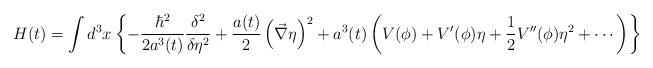
LaTeX: \begin{align*}H(t) = \int d^3x \left\{-\frac{\hbar^2}{2 a^3(t)}\frac{\delta^2}{\delta\eta^2}+\frac{a(t)}{2}\left(\vec{\nabla}\eta\right)^2+a^3(t)\left(V(\phi)+V'(\phi)\eta+\frac{1}{2}V''(\phi)\eta^2+\cdots \right)\right\} \end{align*}